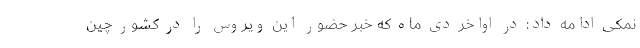
نمکی ادامه داد: در اواخر دی ماه که خبر حضور این ویروس را در کشور چین